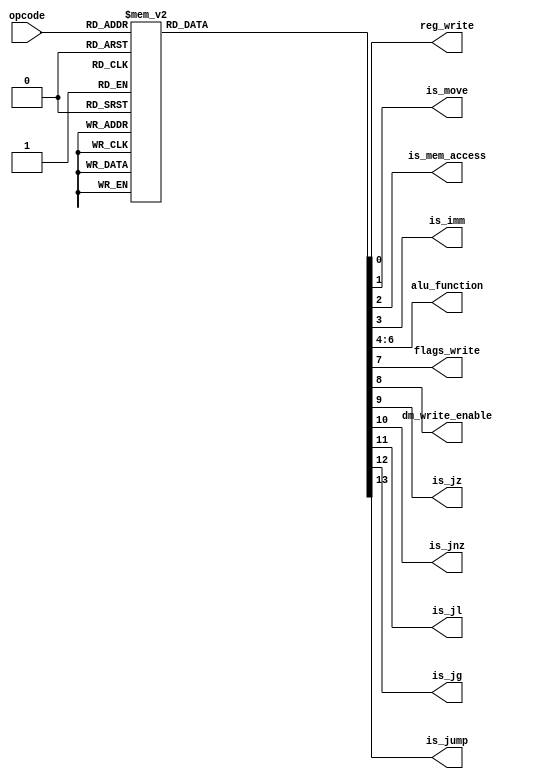
module ControleUnit(
	input [4:0] opcode,
	output reg reg_write,
	output reg is_move,
	output reg is_mem_access,
	output reg is_imm,
	output reg [2:0] alu_function,
	output reg flags_write,
	output reg dm_write_enable,
	output reg is_jz,
	output reg is_jnz,
	output reg is_jl,
	output reg is_jg,
	output reg is_jump
	);

	always @(opcode)
		begin
			case(opcode)
				5'h0: //nop
				begin
					reg_write <= 0;
					is_move	<= 0;
					is_mem_access <= 0;
					is_imm <= 0;
					alu_function <= 3'b000;
					flags_write <= 0;
					dm_write_enable <= 0;
					is_jz <= 0;
					is_jnz <= 0;
					is_jl <= 0;
					is_jg <= 0;
					is_jump <= 0;
				end
				5'h1: //add
				begin
					reg_write <= 1;
					is_move	<= 0;
					is_mem_access <= 0;
					is_imm <= 0;
					alu_function <= 3'b000;
					flags_write <= 1;
					dm_write_enable <= 0;
					is_jz <= 0;
					is_jnz <= 0;
					is_jl <= 0;
					is_jg <= 0;
					is_jump <= 0;
				end
				5'h2: //sub
				begin
					reg_write <= 1;
					is_move	<= 0;
					is_mem_access <= 0;
					is_imm <= 0;
					alu_function <= 3'b001;
					flags_write <= 1;
					dm_write_enable <= 0;
					is_jz <= 0;
					is_jnz <= 0;
					is_jl <= 0;
					is_jg <= 0;
					is_jump <= 0;
				end
				5'h3: //or
				begin
					reg_write <= 1;
					is_move	<= 0;
					is_mem_access <= 0;
					is_imm <= 0;
					alu_function <= 3'b011;
					flags_write <= 1;
					dm_write_enable <= 0;
					is_jz <= 0;
					is_jnz <= 0;
					is_jl <= 0;
					is_jg <= 0;
					is_jump <= 0;
				end
				5'h4: //and
				begin
					reg_write <= 1;
					is_move	<= 0;
					is_mem_access <= 0;
					is_imm <= 0;
					alu_function <= 3'b010;
					flags_write <= 1;
					dm_write_enable <= 0;
					is_jz <= 0;
					is_jnz <= 0;
					is_jl <= 0;
					is_jg <= 0;
					is_jump <= 0;
				end
				5'h5: //xor
				begin
					reg_write <= 1;
					is_move	<= 0;
					is_mem_access <= 0;
					is_imm <= 0;
					alu_function <= 3'b100;
					flags_write <= 0;
					dm_write_enable <= 0;
					is_jz <= 0;
					is_jnz <= 0;
					is_jl <= 0;
					is_jg <= 0;
					is_jump <= 0;
				end
				5'h6: //mov
				begin
					reg_write <= 1;
					is_move	<= 1;
					is_mem_access <= 0;
					is_imm <= 0;
					alu_function <= 3'b000;
					flags_write <= 0;
					dm_write_enable <= 0;
					is_jz <= 0;
					is_jnz <= 0;
					is_jl <= 0;
					is_jg <= 0;
					is_jump <= 0;
				end
				5'h7: //lw
				begin
					reg_write <= 1;
					is_move	<= 0;
					is_mem_access <= 1;
					is_imm <= 0;
					alu_function <= 3'b000;
					flags_write <= 0;
					dm_write_enable <= 0;
					is_jz <= 0;
					is_jnz <= 0;
					is_jl <= 0;
					is_jg <= 0;
					is_jump <= 0;
				end
				5'h8: //sw
				begin
					reg_write <= 0;
					is_move	<= 0;
					is_mem_access <= 0;
					is_imm <= 0;
					alu_function <= 3'b000;
					flags_write <= 0;
					dm_write_enable <= 1;
					is_jz <= 0;
					is_jnz <= 0;
					is_jl <= 0;
					is_jg <= 0;
					is_jump <= 0;
				end
				5'h9: //li
				begin
					reg_write <= 1;
					is_move	<= 0;
					is_mem_access <= 0;
					is_imm <= 1;
					alu_function <= 3'b000;
					flags_write <= 0;
					dm_write_enable <= 0;
					is_jz <= 0;
					is_jnz <= 0;
					is_jl <= 0;
					is_jg <= 0;
					is_jump <= 0;
				end
				5'hA: //addi
				begin
					reg_write <= 1;
					is_move	<= 0;
					is_mem_access <= 0;
					is_imm <= 0;
					alu_function <= 3'b000;
					flags_write <= 1;
					dm_write_enable <= 0;
					is_jz <= 0;
					is_jnz <= 0;
					is_jl <= 0;
					is_jg <= 0;
					is_jump <= 0;
				end
				5'hB: //subi
				begin
					reg_write <= 1;
					is_move	<= 0;
					is_mem_access <= 0;
					is_imm <= 0;
					alu_function <= 3'b001;
					flags_write <= 1;
					dm_write_enable <= 0;
					is_jz <= 0;
					is_jnz <= 0;
					is_jl <= 0;
					is_jg <= 0;
					is_jump <= 0;
				end
				5'hC: //cmp
				begin
					reg_write <= 0;
					is_move	<= 0;
					is_mem_access <= 0;
					is_imm <= 0;
					alu_function <= 3'b001;
					flags_write <= 1;
					dm_write_enable <= 0;
					is_jz <= 0;
					is_jnz <= 0;
					is_jl <= 0;
					is_jg <= 0;
					is_jump <= 0;
				end
				5'hD: //jz
				begin
					reg_write <= 0;
					is_move	<= 0;
					is_mem_access <= 0;
					is_imm <= 0;
					alu_function <= 3'b000;
					flags_write <= 0;
					dm_write_enable <= 0;
					is_jz <= 1;
					is_jnz <= 0;
					is_jl <= 0;
					is_jg <= 0;
					is_jump <= 0;
				end
				5'hE: //jnz
				begin
					reg_write <= 0;
					is_move	<= 0;
					is_mem_access <= 0;
					is_imm <= 0;
					alu_function <= 3'b000;
					flags_write <= 0;
					dm_write_enable <= 0;
					is_jz <= 0;
					is_jnz <= 1;
					is_jl <= 0;
					is_jg <= 0;
					is_jump <= 0;
				end
				5'hF: //jg
				begin
					reg_write <= 0;
					is_move	<= 0;
					is_mem_access <= 0;
					is_imm <= 0;
					alu_function <= 3'b000;
					flags_write <= 0;
					dm_write_enable <= 0;
					is_jz <= 0;
					is_jnz <= 0;
					is_jl <= 0;
					is_jg <= 1;
					is_jump <= 0;
				end
				5'hF: //jl
				begin
					reg_write <= 0;
					is_move	<= 0;
					is_mem_access <= 0;
					is_imm <= 0;
					alu_function <= 3'b000;
					flags_write <= 0;
					dm_write_enable <= 0;
					is_jz <= 0;
					is_jnz <= 0;
					is_jl <= 1;
					is_jg <= 0;
					is_jump <= 0;
				end
				5'h11: //jump
				begin
					reg_write <= 0;
					is_move	<= 0;
					is_mem_access <= 0;
					is_imm <= 0;
					alu_function <= 3'b000;
					flags_write <= 0;
					dm_write_enable <= 0;
					is_jz <= 0;
					is_jnz <= 0;
					is_jl <= 0;
					is_jg <= 0;
					is_jump <= 1;
				end
				default:
				begin
					reg_write <= 0;
					is_move	<= 0;
					is_mem_access <= 0;
					is_imm <= 0;
					alu_function <= 3'b000;
					flags_write <= 0;
					dm_write_enable <= 0;
					is_jz <= 0;
					is_jnz <= 0;
					is_jl <= 0;
					is_jg <= 0;
					is_jump <= 0;
				end
			endcase
		end
endmodule